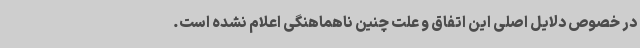
در خصوص دلایل اصلی این اتفاق و علت چنین ناهماهنگی اعلام نشده است.